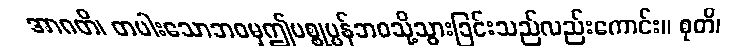
အာဂတိ၊ တပါးသောဘဝမှဤပစ္စုပ္ပန်ဘဝသို့သွားခြင်းသည်လည်းကောင်း။ စုတိ၊